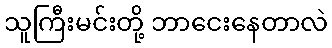
သူကြီးမင်းတို့ ဘာငေးနေတာလဲ